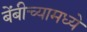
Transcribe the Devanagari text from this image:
बेंबीच्यामध्ये